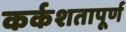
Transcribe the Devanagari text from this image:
कर्कशतापूर्ण